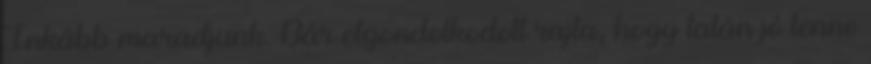
Inkább maradjunk. Bár elgondolkodott rajta, hogy talán jó lenne